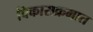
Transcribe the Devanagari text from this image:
विकासक्रमात